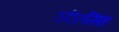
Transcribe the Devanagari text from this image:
उदीतसिंह